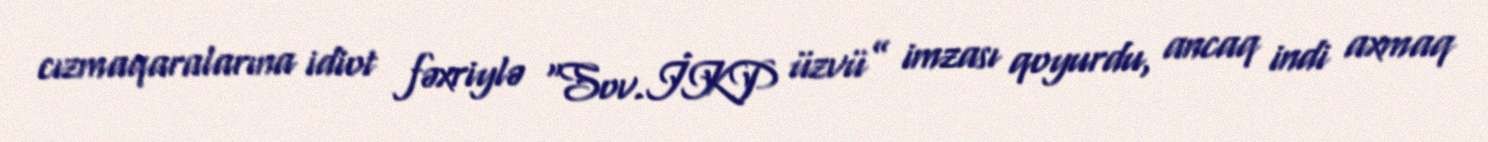
cızmaqaralarına idiot fəxriylə “Sov.İKP üzvü” imzası qoyurdu, ancaq indi axmaq